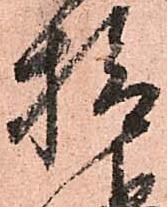
檢